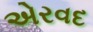
એરવદ